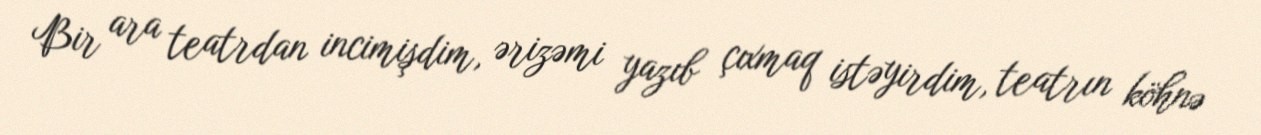
Bir ara teatrdan incimişdim, ərizəmi yazıb çıxmaq istəyirdim, teatrın köhnə